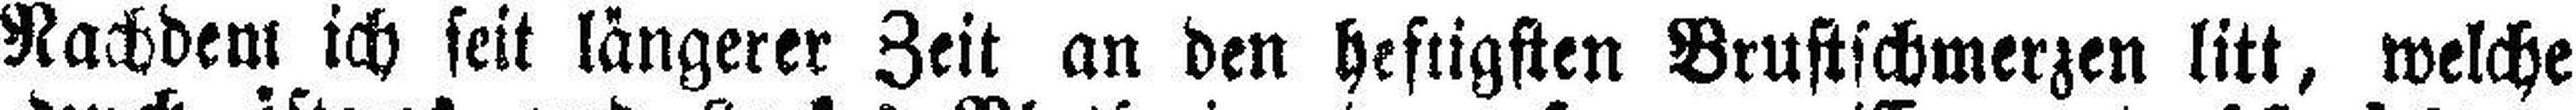
Nachdem ich seit längerer Zeit an den heftigsten Brustschmerzen litt, welche